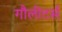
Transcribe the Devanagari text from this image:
गौलीटर्स